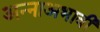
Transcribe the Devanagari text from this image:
अन्नाअभावी